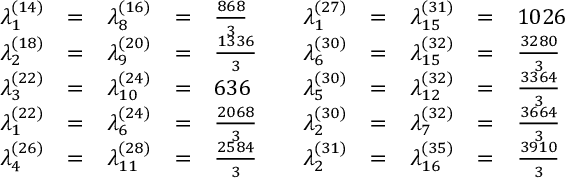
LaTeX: \begin{array} { r c l c l r c l c l } { { \lambda _ { 1 } ^ { ( 1 4 ) } } } & { { = } } & { { \lambda _ { 8 } ^ { ( 1 6 ) } } } & { { = } } & { { \frac { 8 6 8 } { 3 } } } & { { \quad \lambda _ { 1 } ^ { ( 2 7 ) } } } & { { = } } & { { \lambda _ { 1 5 } ^ { ( 3 1 ) } } } & { { = } } & { { 1 0 2 6 } } \\ { { \lambda _ { 2 } ^ { ( 1 8 ) } } } & { { = } } & { { \lambda _ { 9 } ^ { ( 2 0 ) } } } & { { = } } & { { \frac { 1 3 3 6 } { 3 } } } & { { \lambda _ { 6 } ^ { ( 3 0 ) } } } & { { = } } & { { \lambda _ { 1 5 } ^ { ( 3 2 ) } } } & { { = } } & { { \frac { 3 2 8 0 } { 3 } } } \\ { { \lambda _ { 3 } ^ { ( 2 2 ) } } } & { { = } } & { { \lambda _ { 1 0 } ^ { ( 2 4 ) } } } & { { = } } & { { 6 3 6 } } & { { \lambda _ { 5 } ^ { ( 3 0 ) } } } & { { = } } & { { \lambda _ { 1 2 } ^ { ( 3 2 ) } } } & { { = } } & { { \frac { 3 3 6 4 } { 3 } } } \\ { { \lambda _ { 1 } ^ { ( 2 2 ) } } } & { { = } } & { { \lambda _ { 6 } ^ { ( 2 4 ) } } } & { { = } } & { { \frac { 2 0 6 8 } { 3 } } } & { { \lambda _ { 2 } ^ { ( 3 0 ) } } } & { { = } } & { { \lambda _ { 7 } ^ { ( 3 2 ) } } } & { { = } } & { { \frac { 3 6 6 4 } { 3 } } } \\ { { \lambda _ { 4 } ^ { ( 2 6 ) } } } & { { = } } & { { \lambda _ { 1 1 } ^ { ( 2 8 ) } } } & { { = } } & { { \frac { 2 5 8 4 } { 3 } } } & { { \lambda _ { 2 } ^ { ( 3 1 ) } } } & { { = } } & { { \lambda _ { 1 6 } ^ { ( 3 5 ) } } } & { { = } } & { { \frac { 3 9 1 0 } { 3 } } } \end{array}